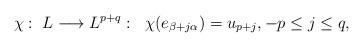
LaTeX: \begin{align*}\chi:\; L\longrightarrow L^{p+q}:\;\; \chi(e_{\beta+j\alpha})=u_{p+j},-p\leq j \leq q,\end{align*}